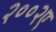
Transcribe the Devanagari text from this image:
२००२ए